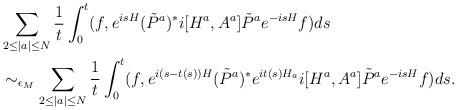
LaTeX: \begin{align*}\begin{aligned}&\sum_{2\le|a|\le N}\frac{1}{t}\int_0^t (f,e^{isH}({\tilde P}^a)^*i[H^a,A^a]{\tilde P}^a e^{-isH}f) ds\\&\sim_{\epsilon_M}\sum_{2\le|a|\le N}\frac{1}{t}\int_0^t (f,e^{i(s-t(s))H}({\tilde P}^a)^*e^{it(s)H_a}i[H^a,A^a]{\tilde P}^a e^{-isH}f) ds.\end{aligned}\end{align*}